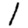
Digit: 1